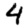
Digit: 4